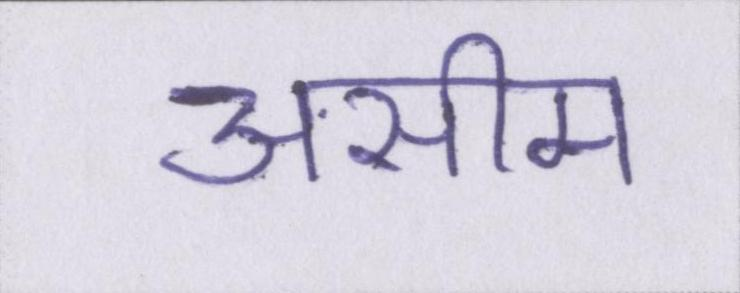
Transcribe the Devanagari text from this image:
असीम